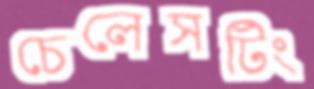
চেলেসটিং